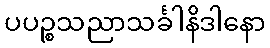
ပပဉ္စသညာသင်္ခါနိဒါနော